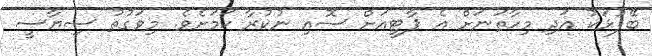
ބޭފުޅަކު އަދި މިހާތަނަށް އެ ޕާޓީއަށް ސޮއި ނުކުރާ ކަމަށެވެ. މިވަގުތު ސިޔާސީ